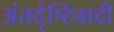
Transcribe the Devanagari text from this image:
अंतर्दृष्टिवादी